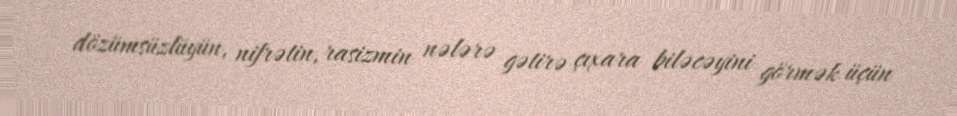
dözümsüzlüyün, nifrətin, rasizmin nələrə gətirə çıxara biləcəyini görmək üçün